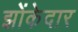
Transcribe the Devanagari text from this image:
झोंकेदार